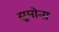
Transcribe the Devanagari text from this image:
सूमोना